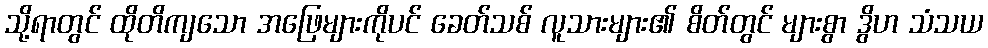
သို့ရာတွင် ထိုတိကျသော အဖြေများကိုပင် ခေတ်သစ် လူသားများ၏ စိတ်တွင် များစွာ ဒွိဟ သံသယ